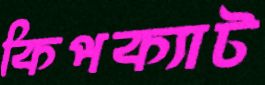
কিপক্যাট